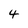
Character: 4